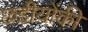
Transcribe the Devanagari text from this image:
छडीयोंकी